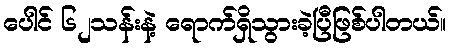
ပေါင် ၆၂သန်းနဲ့ ရောက်ရှိသွားခဲ့ပြီဖြစ်ပါတယ်။